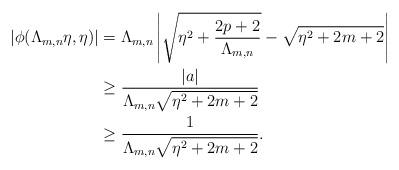
LaTeX: \begin{align*}\left|\phi(\Lambda_{m,n}\eta,\eta)\right|&=\Lambda_{m,n}\left|\sqrt{\eta^2+\frac{2p+2}{\Lambda_{m,n}}}-\sqrt{\eta^2+2m+2}\right|\\&\geq \frac{|a|}{\Lambda_{m,n}\sqrt{\eta^2+2m+2}}\\&\geq\frac{1}{\Lambda_{m,n}\sqrt{\eta^2+2m+2}}.\end{align*}